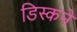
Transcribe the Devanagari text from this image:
डिस्कने